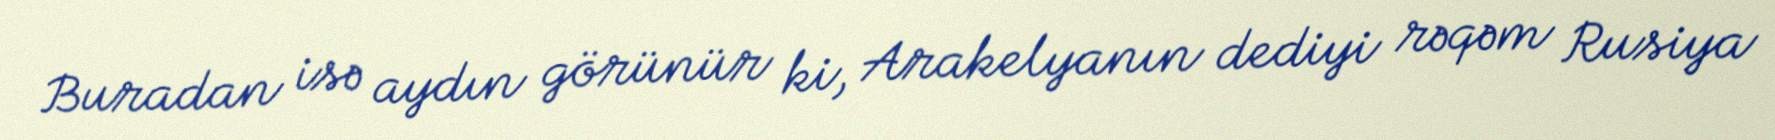
Buradan isə aydın görünür ki, Arakelyanın dediyi rəqəm Rusiya